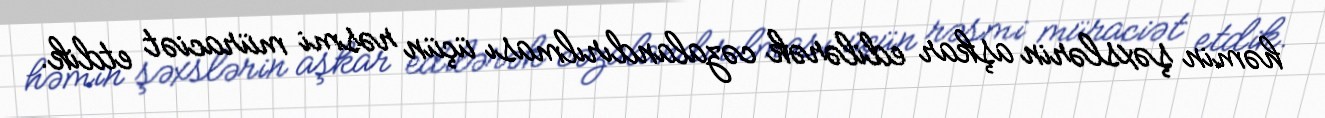
həmin şəxslərin aşkar edilərək cəzalandırılması üçün rəsmi müraciət etdik.